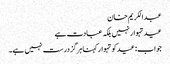
عبدالکریم خان
عید تہوار نہیں بلکہ عبادت ہے
جواب: عیدکو تہوار کہنا ہرگز درست نہیں ہے۔